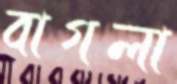
বাগলা